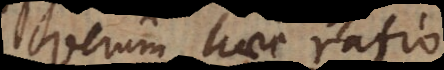
Verum haec ratio